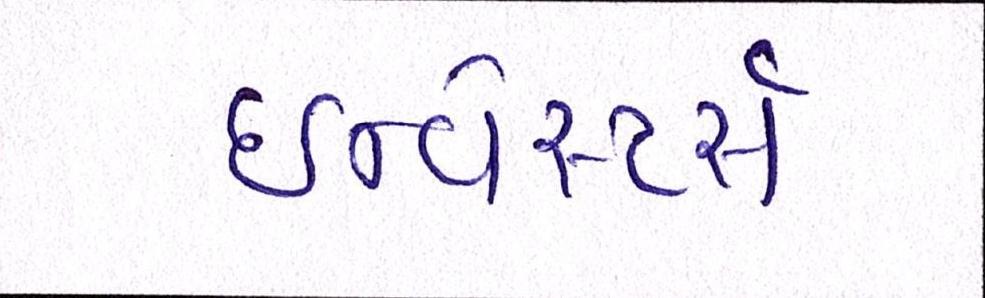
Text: ઇન્વેસ્ટર્સ